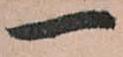
一